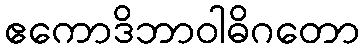
ဧကောဒိဘာဝါဓိဂတော